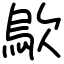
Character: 歍